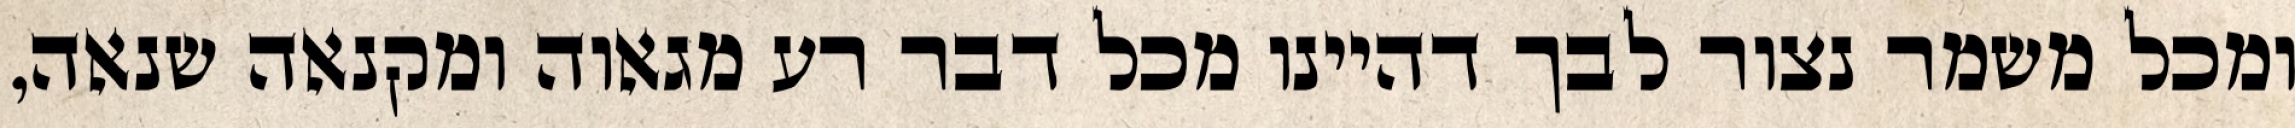
ומכל משמר נצור לבך דהיינו מכל דבר רע מגאוה ומקנאה שנאה,